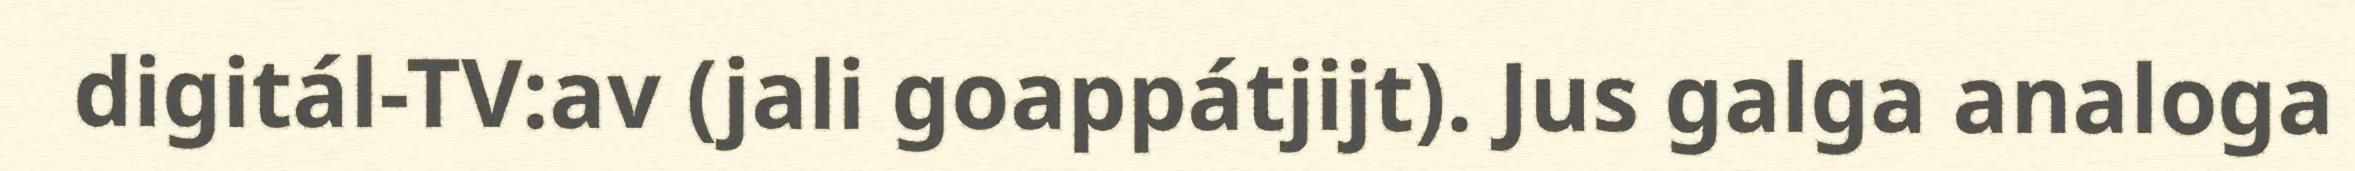
digitál-TV:av (jali goappátjijt). Jus galga analoga